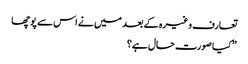
تعارف وغیرہ کے بعد میں نے اس سے پوچھا
” کیا صورت حال ہے؟